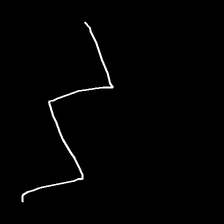
Glyph: crush